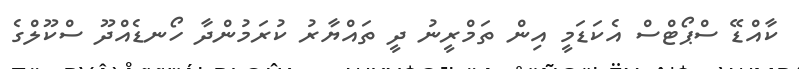
ކާއްޑޭ ސްޕޯޓްސް އެކަޑަމީ އިން ތަމްރީނު ދީ ތައްޔާރު ކުރަމުންދާ ހޯނޑެއްދޫ ސްކޫލްގެ